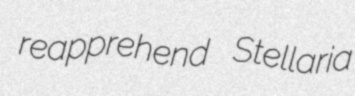
reapprehend Stellaria